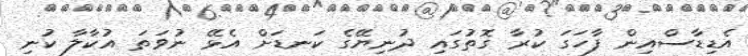
އެޑިޑާސްއިން ފާހަގަ ކުރާ ގޮތުގައި ދުނިޔޭގެ ކަނޑަށް އެޅޭ ނުވަތަ އުކާލާ ކުނި